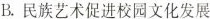
B.民族艺术促进校园文化发展